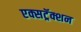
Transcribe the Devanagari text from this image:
एक्सट्रॅक्शन